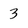
Character: 3